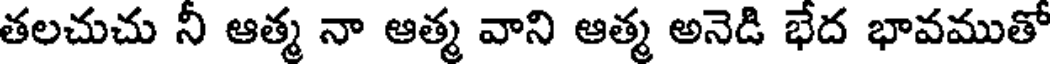
తలచుచు నీ ఆత్మ నా ఆత్మ వాని ఆత్మ అనెడి భేద భావముతో